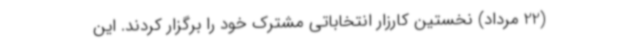
(22 مرداد) نخستین کارزار انتخاباتی مشترک خود را برگزار کردند. این